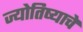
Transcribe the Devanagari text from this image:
ज्योतिष्याचे